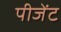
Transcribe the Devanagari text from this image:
पीजेंट